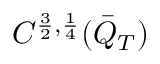
C ^ { \frac { 3 } { 2 } , \frac { 1 } { 4 } } ( \bar { Q } _ { T } )